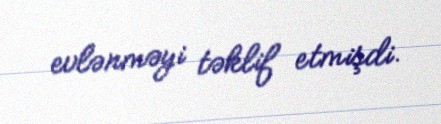
evlənməyi təklif etmişdi.